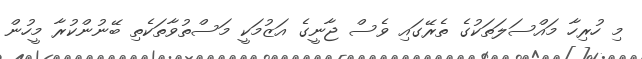
މި ހުރިހާ މައްސަލަތަކުގެ ތެރޭގައި ވެސް ޖާނީގެ އަޒުމަކީ މަސްތުވާތަކެތި ބޭނުންކުރާ މީހުން